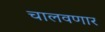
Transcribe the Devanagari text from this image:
चालवणार